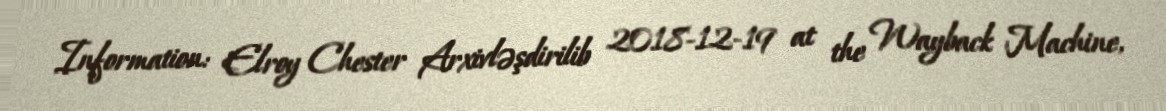
Information: Elroy Chester Arxivləşdirilib 2018-12-19 at the Wayback Machine,